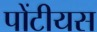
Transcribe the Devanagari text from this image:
पोंटीयस